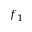
f _ { 1 }